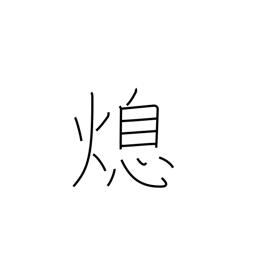
Meaning: cessation